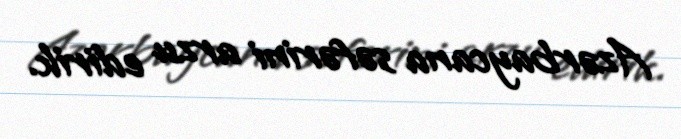
Azərbaycana səfərini arzu edirik.